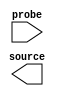

module SWITCH (
	source,
	probe);	

	output	[9:0]	source;
	input	[9:0]	probe;
endmodule